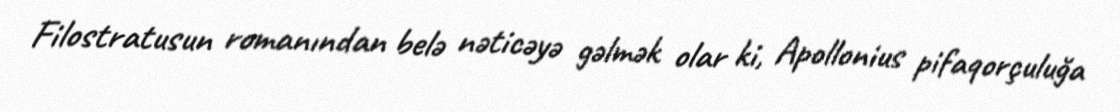
Filostratusun romanından belə nəticəyə gəlmək olar ki, Apollonius pifaqorçuluğa